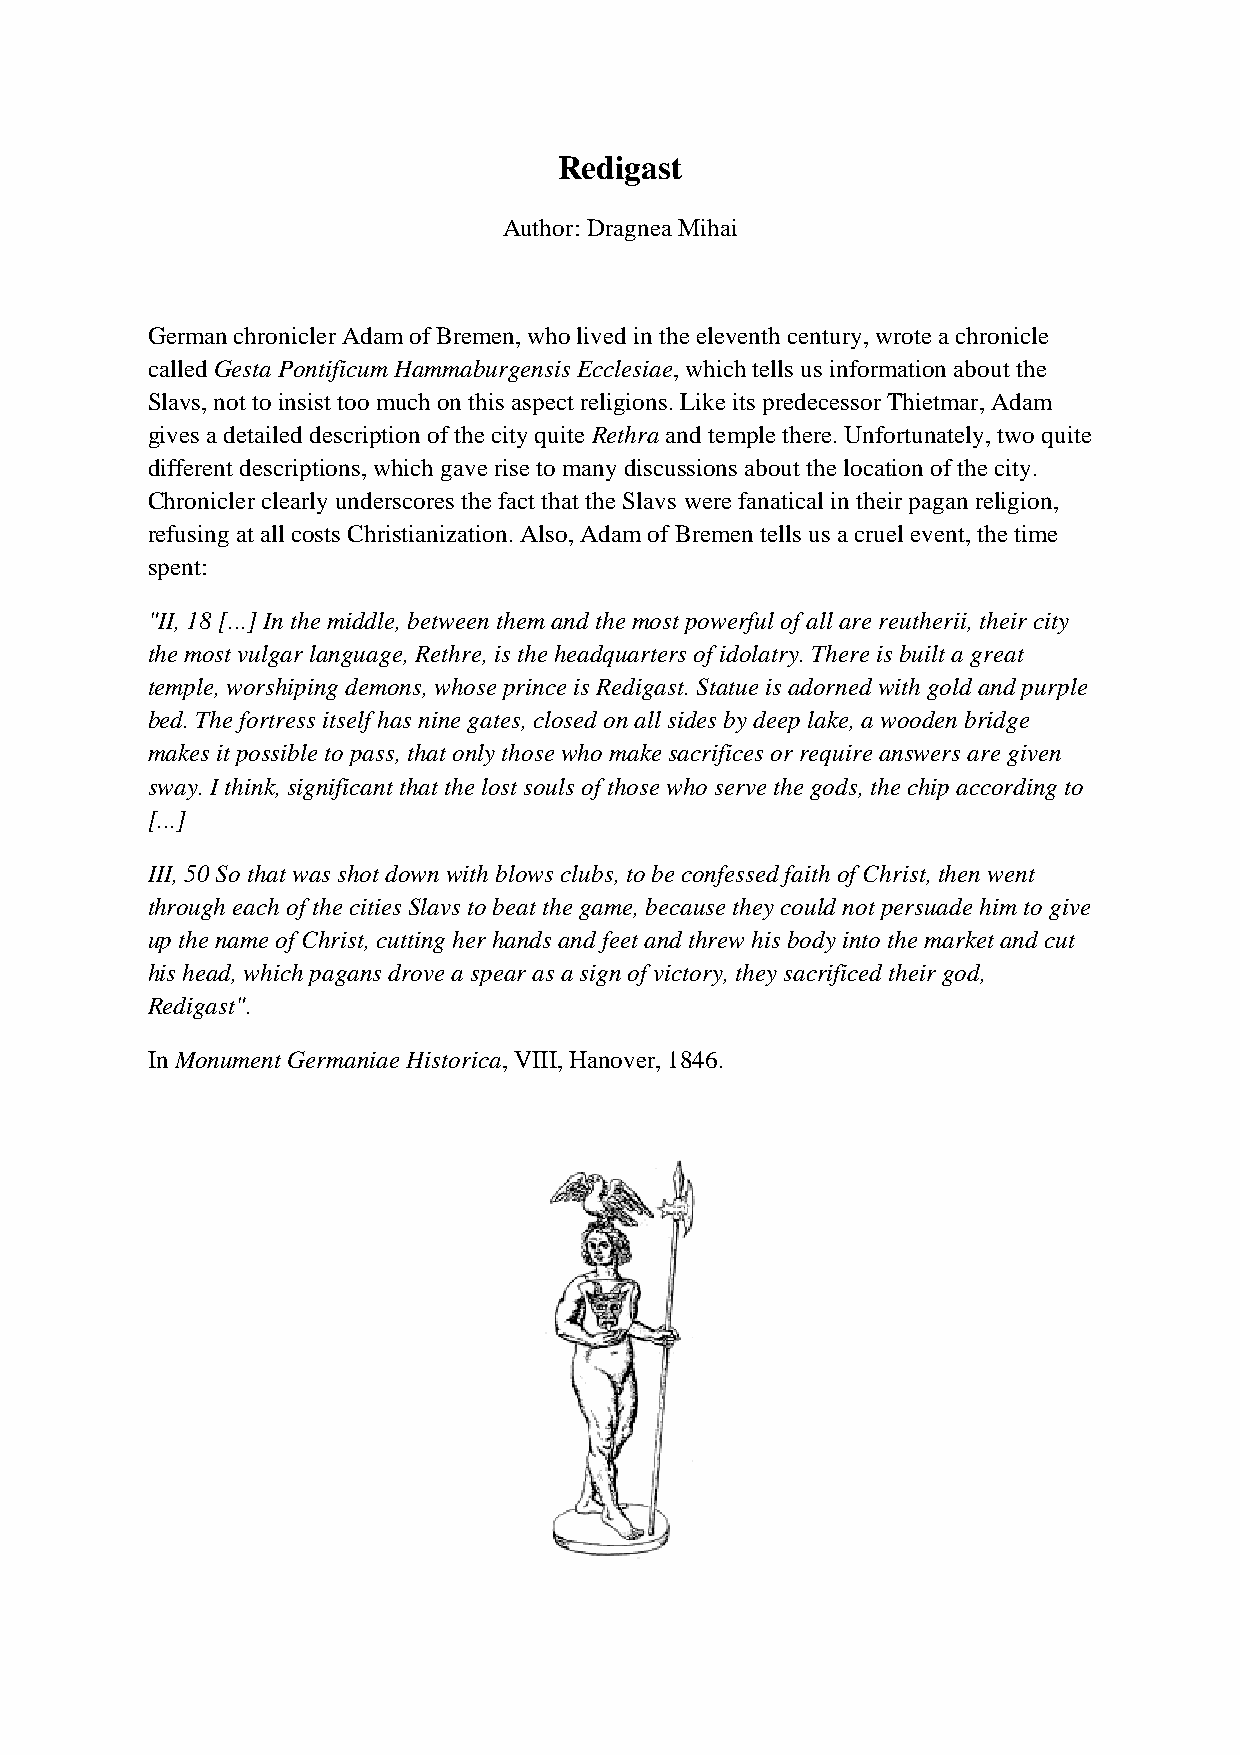
Redigast
 Author: Dragnea Mihai
 German chronicler Adam of Bremen, who lived in the eleventh century, wrote a chronicle
 called Gesta Pontificum Hammaburgensis Ecclesiae, which tells us information about the
 Slavs, not to insist too much on this aspect religions. Like its predecessor Thietmar, Adam
 gives a detailed description of the city quite Rethra and temple there. Unfortunately, two quite
 different descriptions, which gave rise to many discussions about the location of the city.
 Chronicler clearly underscores the fact that the Slavs were fanatical in their pagan religion,
 refusing at all costs Christianization. Also, Adam of Bremen tells us a cruel event, the time
 spent:
 "II, 18 [...] In the middle, between them and the most powerful of all are reutherii, their city
 the most vulgar language, Rethre, is the headquarters of idolatry. There is built a great
 temple, worshiping demons, whose prince is Redigast. Statue is adorned with gold and purple
 bed. The fortress itself has nine gates, closed on all sides by deep lake, a wooden bridge
 makes it possible to pass, that only those who make sacrifices or require answers are given
 sway. I think, significant that the lost souls of those who serve the gods, the chip according to
 [...]
 III, 50 So that was shot down with blows clubs, to be confessed faith of Christ, then went
 through each of the cities Slavs to beat the game, because they could not persuade him to give
 up the name of Christ, cutting her hands and feet and threw his body into the market and cut
 his head, which pagans drove a spear as a sign of victory, they sacrificed their god,
 Redigast".
 In Monument Germaniae Historica, VIII, Hanover, 1846.